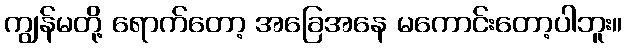
ကျွန်မတို့ ရောက်တော့ အခြေအနေ မကောင်းတော့ပါဘူး။